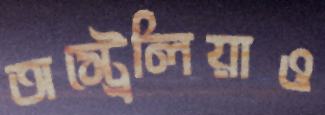
অস্ট্রেলিয়াও